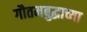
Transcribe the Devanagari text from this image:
गौतमबुद्धाच्या